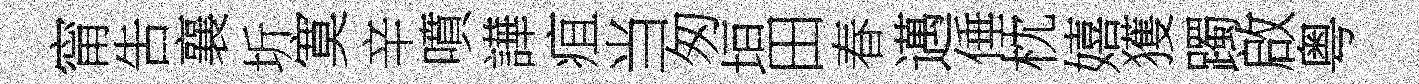
甯吿襄圻寞辛噴譁疽当匆垣田春邁倕枕嬉獲躅啟粤